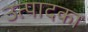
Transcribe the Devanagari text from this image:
उत्पादका